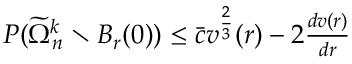
\begin{array} { r } { P ( \widetilde \Omega _ { n } ^ { k } \setminus B _ { r } ( 0 ) ) \le \bar { c } v ^ { \frac 2 3 } ( r ) - 2 { \frac { d v ( r ) } { d r } } } \end{array}